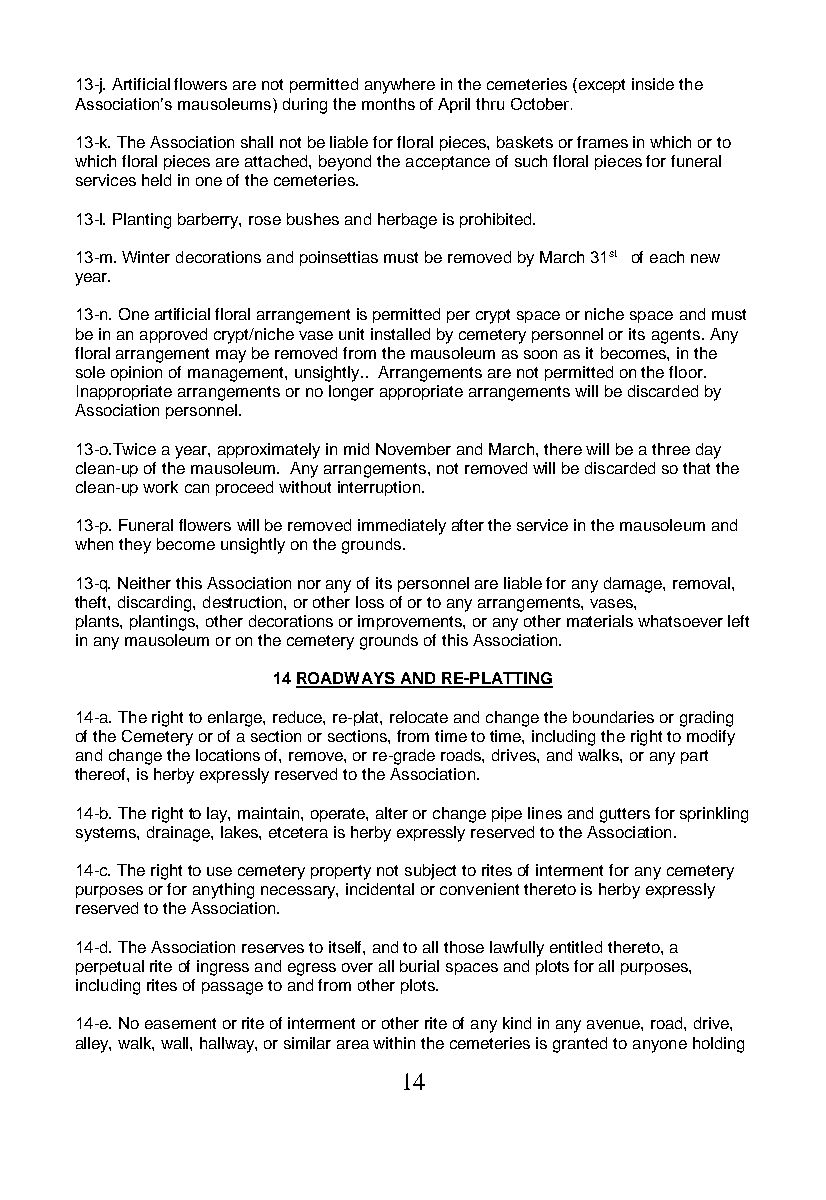
13-j. Artificial flowers are not permitted anywhere in the cemeteries (except inside the
 Association’s mausoleums) during the months of April thru October.
 13-k. The Association shall not be liable for floral pieces, baskets or frames in which or to
 which floral pieces are attached, beyond the acceptance of such floral pieces for funeral
 services held in one of the cemeteries.
 13-l. Planting barberry, rose bushes and herbage is prohibited.
 13-m. Winter decorations and poinsettias must be removed by March 31st of each new
 year.
 13-n. One artificial floral arrangement is permitted per crypt space or niche space and must
 be in an approved crypt/niche vase unit installed by cemetery personnel or its agents. Any
 floral arrangement may be removed from the mausoleum as soon as it becomes, in the
 sole opinion of management, unsightly.. Arrangements are not permitted on the floor.
 Inappropriate arrangements or no longer appropriate arrangements will be discarded by
 Association personnel.
 13-o.Twice a year, approximately in mid November and March, there will be a three day
 clean-up of the mausoleum. Any arrangements, not removed will be discarded so that the
 clean-up work can proceed without interruption.
 13-p. Funeral flowers will be removed immediately after the service in the mausoleum and
 when they become unsightly on the grounds.
 13-q. Neither this Association nor any of its personnel are liable for any damage, removal,
 theft, discarding, destruction, or other loss of or to any arrangements, vases,
 plants, plantings, other decorations or improvements, or any other materials whatsoever left
 in any mausoleum or on the cemetery grounds of this Association.
 14 ROADWAYS AND RE-PLATTING
 14-a. The right to enlarge, reduce, re-plat, relocate and change the boundaries or grading
 of the Cemetery or of a section or sections, from time to time, including the right to modify
 and change the locations of, remove, or re-grade roads, drives, and walks, or any part
 thereof, is herby expressly reserved to the Association.
 14-b. The right to lay, maintain, operate, alter or change pipe lines and gutters for sprinkling
 systems, drainage, lakes, etcetera is herby expressly reserved to the Association.
 14-c. The right to use cemetery property not subject to rites of interment for any cemetery
 purposes or for anything necessary, incidental or convenient thereto is herby expressly
 reserved to the Association.
 14-d. The Association reserves to itself, and to all those lawfully entitled thereto, a
 perpetual rite of ingress and egress over all burial spaces and plots for all purposes,
 including rites of passage to and from other plots.
 14-e. No easement or rite of interment or other rite of any kind in any avenue, road, drive,
 alley, walk, wall, hallway, or similar area within the cemeteries is granted to anyone holding
 14